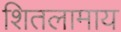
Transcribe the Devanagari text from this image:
शितलामाय